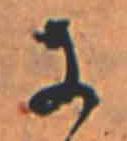
に